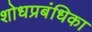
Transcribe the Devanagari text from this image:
शोधप्रबंधिका